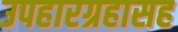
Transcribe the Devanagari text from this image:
उपहारग्रहासह